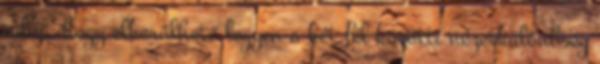
adni, hogy elkerülhető legyen a két fél közötti nézetkülönbség